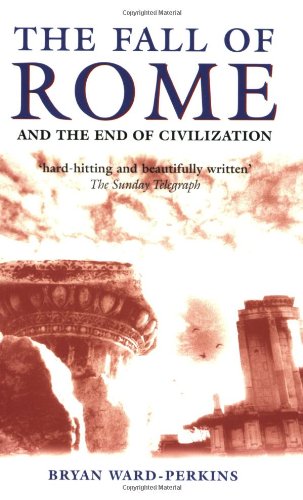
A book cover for The Fall of Rome: And the End of Civilization; Bryan Ward-Perkins; History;